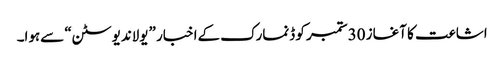
اشاعت کا آغاز 30ستمبر کو ڈنمارک کےاخبار ”یولاندیوسٹن“ سےہوا۔